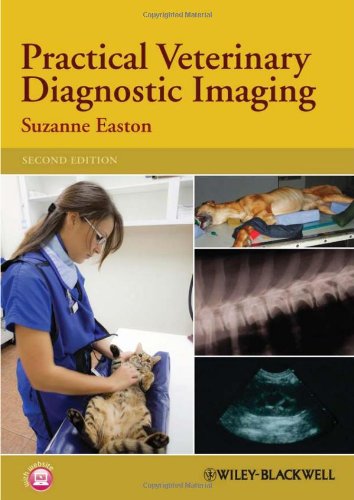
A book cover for Practical Veterinary Diagnostic Imaging; Suzanne Easton; Medical Books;